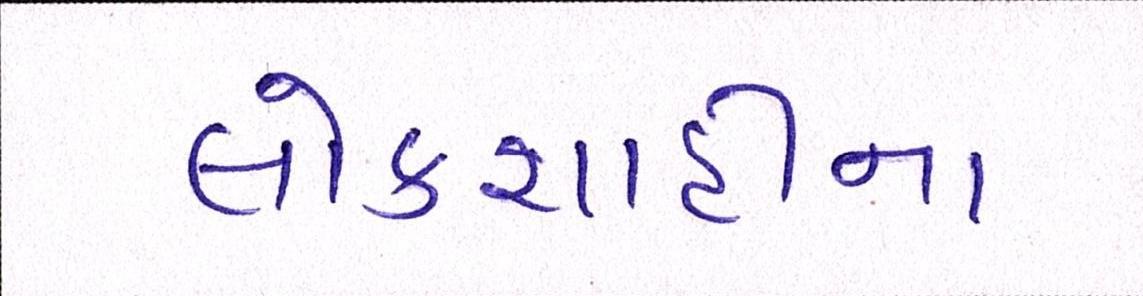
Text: લોકશાહીના